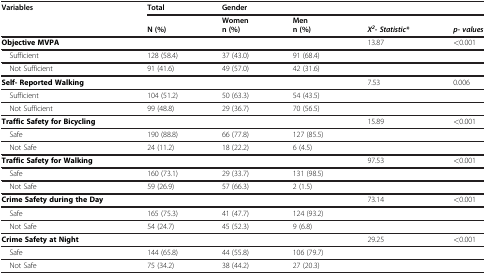
| Variables | Total | <COLSPAN=2>  | Gender |  |  |
 |  | N (%) | Womenn (%) | Menn (%) | X2- Statistic* | p- values |  |
 | --- | --- | --- | --- | --- | --- | --- |
 | Objective MVPA |  |  |  | 13.87 | <0.001 |
 | Sufficient | 128 (58.4) | 37 (43.0) | 91 (68.4) |  |  |
 | Not Sufficient | 91 (41.6) | 49 (57.0) | 42 (31.6) |  |  |
 | Self- Reported Walking |  |  |  | 7.53 | 0.006 |
 | Sufficient | 104 (51.2) | 50 (63.3) | 54 (43.5) |  |  |
 | Not Sufficient | 99 (48.8) | 29 (36.7) | 70 (56.5) |  |  |
 | Traffic Safety for Bicycling |  |  |  | 15.89 | <0.001 |
 | Safe | 190 (88.8) | 66 (77.8) | 127 (85.5) |  |  |
 | Not Safe | 24 (11.2) | 18 (22.2) | 6 (4.5) |  |  |
 | Traffic Safety for Walking |  |  |  | 97.53 | <0.001 |
 | Safe | 160 (73.1) | 29 (33.7) | 131 (98.5) |  |  |
 | Not Safe | 59 (26.9) | 57 (66.3) | 2 (1.5) |  |  |
 | Crime Safety during the Day |  |  |  | 73.14 | <0.001 |
 | Safe | 165 (75.3) | 41 (47.7) | 124 (93.2) |  |  |
 | Not Safe | 54 (24.7) | 45 (52.3) | 9 (6.8) |  |  |
 | Crime Safety at Night |  |  |  | 29.25 | <0.001 |
 | Safe | 144 (65.8) | 44 (55.8) | 106 (79.7) |  |  |
 | Not Safe | 75 (34.2) | 38 (44.2) | 27 (20.3) |  |  |